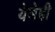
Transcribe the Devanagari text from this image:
येणेही